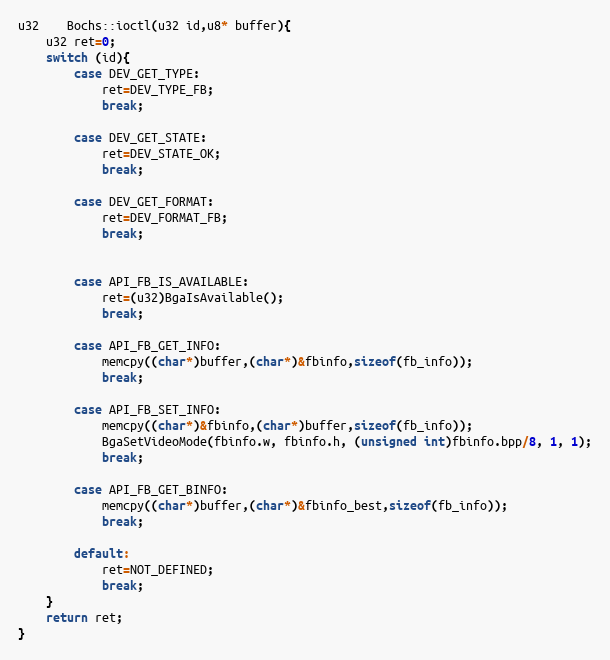
Language: C++
u32	Bochs::ioctl(u32 id,u8* buffer){
	u32 ret=0;
	switch (id){
		case DEV_GET_TYPE:
			ret=DEV_TYPE_FB;
			break;

		case DEV_GET_STATE:
			ret=DEV_STATE_OK;
			break;

		case DEV_GET_FORMAT:
			ret=DEV_FORMAT_FB;
			break;

		case API_FB_IS_AVAILABLE:
			ret=(u32)BgaIsAvailable();
			break;

		case API_FB_GET_INFO:
			memcpy((char*)buffer,(char*)&fbinfo,sizeof(fb_info));
			break;

		case API_FB_SET_INFO:
			memcpy((char*)&fbinfo,(char*)buffer,sizeof(fb_info));
			BgaSetVideoMode(fbinfo.w, fbinfo.h, (unsigned int)fbinfo.bpp/8, 1, 1);
			break;

		case API_FB_GET_BINFO:
			memcpy((char*)buffer,(char*)&fbinfo_best,sizeof(fb_info));
			break;

		default:
			ret=NOT_DEFINED;
			break;
	}
	return ret;
}